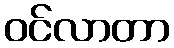
ဝင်လာတာ